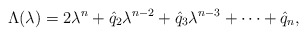
\begin{align*}\Lambda (\lambda )=2\lambda^n+\hat{q}_2\lambda^{n-2}+\hat{q}_3\lambda^{n-3}+\cdots +\hat{q}_n,\end{align*}